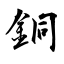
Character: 銅